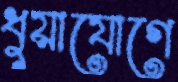
ধুয়াযোগে